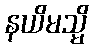
နယိမသ္မိ